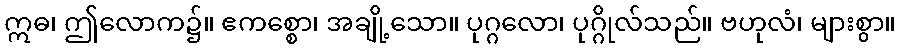
ဣဓ၊ ဤလောက၌။ ဧကစ္စော၊ အချို့သော။ ပုဂ္ဂလော၊ ပုဂ္ဂိုလ်သည်။ ဗဟုလံ၊ များစွာ။